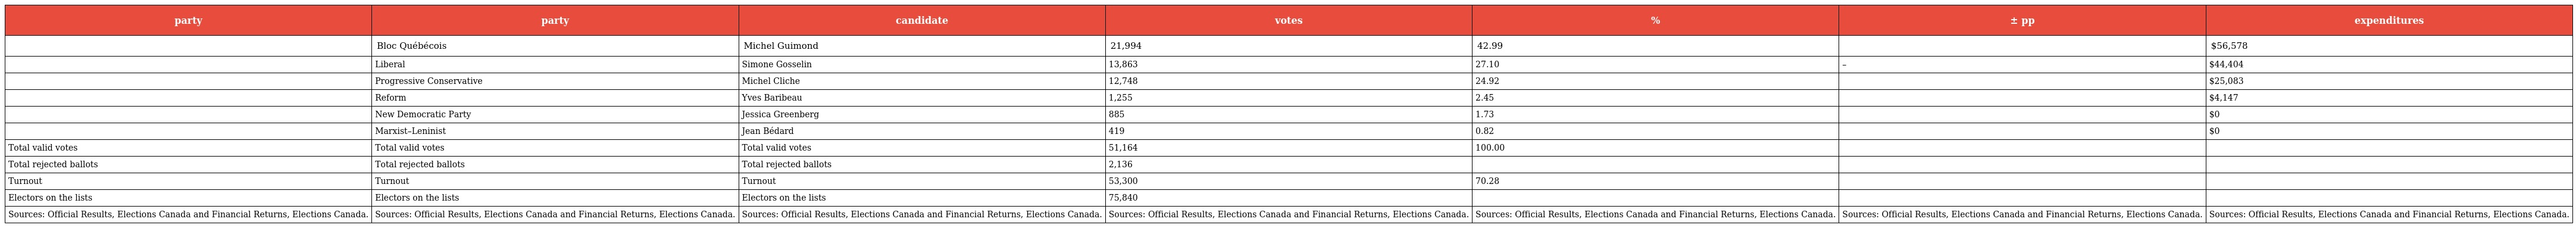
| party | party | candidate | votes | % | ± pp | expenditures |
 | --- | --- | --- | --- | --- | --- | --- |
 |  | Bloc Québécois | Michel Guimond | 21,994 | 42.99 |  | $56,578 |
 |  | Liberal | Simone Gosselin | 13,863 | 27.10 | – | $44,404 |
 |  | Progressive Conservative | Michel Cliche | 12,748 | 24.92 |  | $25,083 |
 |  | Reform | Yves Baribeau | 1,255 | 2.45 |  | $4,147 |
 |  | New Democratic Party | Jessica Greenberg | 885 | 1.73 |  | $0 |
 |  | Marxist–Leninist | Jean Bédard | 419 | 0.82 |  | $0 |
 | Total valid votes | Total valid votes | Total valid votes | 51,164 | 100.00 |  |  |
 | Total rejected ballots | Total rejected ballots | Total rejected ballots | 2,136 |  |  |  |
 | Turnout | Turnout | Turnout | 53,300 | 70.28 |  |  |
 | Electors on the lists | Electors on the lists | Electors on the lists | 75,840 |  |  |  |
 | Sources: Official Results, Elections Canada and Financial Returns, Elections Canada. | Sources: Official Results, Elections Canada and Financial Returns, Elections Canada. | Sources: Official Results, Elections Canada and Financial Returns, Elections Canada. | Sources: Official Results, Elections Canada and Financial Returns, Elections Canada. | Sources: Official Results, Elections Canada and Financial Returns, Elections Canada. | Sources: Official Results, Elections Canada and Financial Returns, Elections Canada. | Sources: Official Results, Elections Canada and Financial Returns, Elections Canada. |